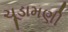
ચૂડામણી